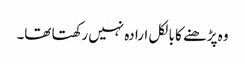
وہ پڑھنے کا بالکل ارادہ نہیں رکھتا تھا۔